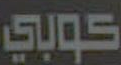
كوبي